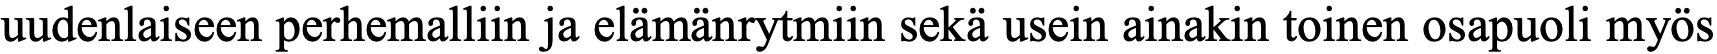
uudenlaiseen perhemalliin ja elämänrytmiin sekä usein ainakin toinen osapuoli myös